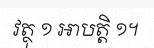
វត្ថុ ១ អាបត្តិ ១។